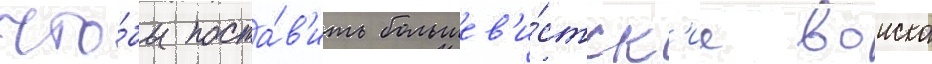
что́бы поста́в'ить большев'и́стск'ие воиска